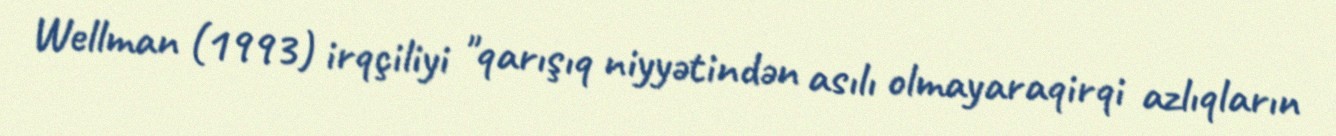
Wellman (1993) irqçiliyi "qarışıq niyyətindən asılı olmayaraqirqi azlıqların